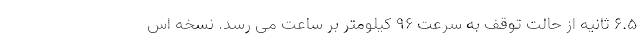
6.5 ثانیه از حالت توقف به سرعت 96 کیلومتر بر ساعت می رسد. نسخه اس